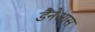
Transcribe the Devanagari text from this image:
डैनेआस